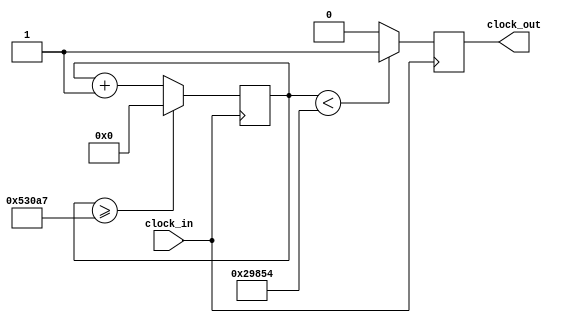
`timescale 1ns / 1ps
//////////////////////////////////////////////////////////////////////////////////
// Company: 
// Engineer: 
// 
// Design Name: 
// Module Name:    re1 
// Project Name: 
// Target Devices: 
// Tool versions: 
// Description: 
//
// Dependencies: 
//
// Revision: 
// Revision 0.01 - File Created
// Additional Comments: 
//
//////////////////////////////////////////////////////////////////////////////////
module re1(input clock_in, output reg clock_out);

reg [27:0]  counter = 28'd0;
parameter DIVISOR = 28'd340136;
always @(posedge clock_in)
begin
counter <= counter + 28'd1;
if (counter >=(DIVISOR-1))
counter <= 28'd0;
clock_out <= (counter<DIVISOR/2)?1'b1:1'b0;

end

endmodule